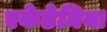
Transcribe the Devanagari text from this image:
एकेडेमिया